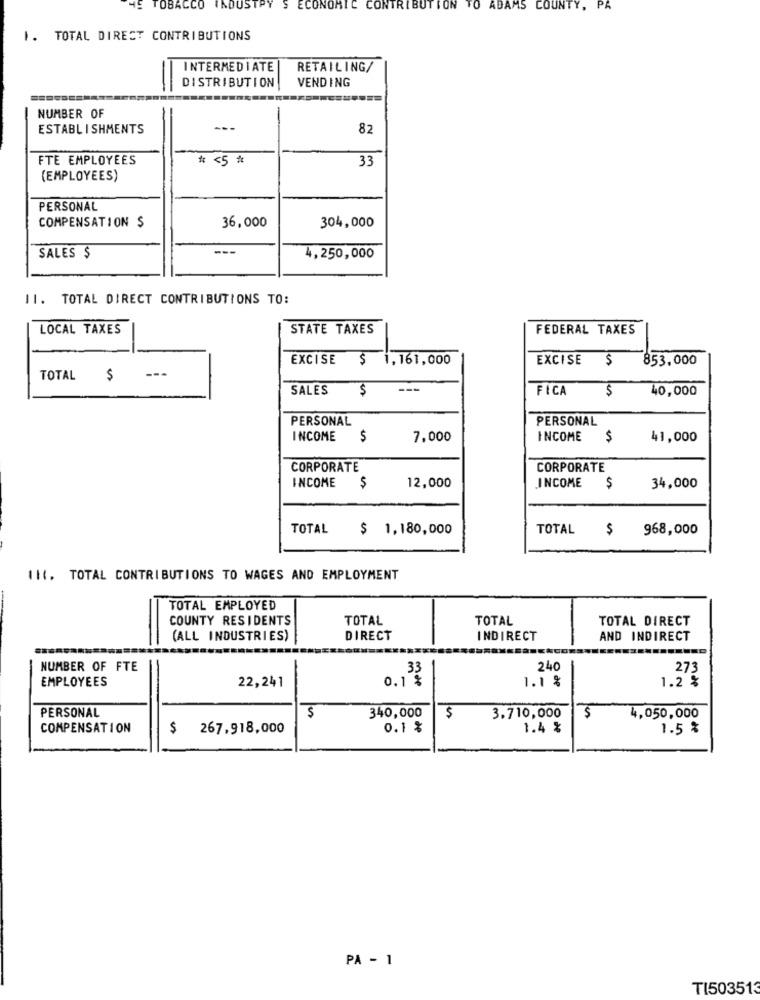
HE TOBACCO INDUSTRY S ECONOMIC CONTRIBUTION TO ADAMS
COUNTY, PA
1. TOTAL DIRECT CONTRIBUTIONS
INTERMEDIATE
RETAILING/
VENDING
DISTRIBUTION
=
NUMBER OF
ESTABLISHMENTS
---
82
FTE EMPLOYEES
# <5 *
33
(EMPLOYEES)
PERSONAL
COMPENSATION $
36,000
304,000
---
SALES $
4,250,000
II. TOTAL DIRECT CONTRIBUTIONS TO:
LOCAL TAXES
STATE TAXES
FEDERAL TAXES
EXCISE
$ 1,161,000
EXCISE
$
853,000
TOTAL
$
---
SALES
$
---
FICA
$
40,000
PERSONAL
PERSONAL
INCOME
$
7,000
INCOME
$
41,000
CORPORATE
CORPORATE
INCOME
$
12,000
INCOME
$
34,000
TOTAL
$ 1,180,000
TOTAL
$
968,000
111. TOTAL CONTRIBUTIONS TO WAGES AND EMPLOYMENT
TOTAL EMPLOYED
COUNTY RESIDENTS
TOTAL
TOTAL
TOTAL DIRECT
(ALL INDUSTRIES)
DIRECT
INDIRECT
AND INDIRECT
NUMBER OF FTE
33
240
273
EMPLOYEES
0.1 %
1.1 %
1.2 %
22,241
$
3.710,000
PERSONAL
340,000
$
$
4,050,000
COMPENSATION
$ 267,918,000
0.1 %
1.4 %
1.5 %
PA - 1
TI503513